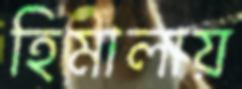
হিমালায়